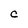
Character: c